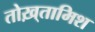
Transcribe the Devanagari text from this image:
तोख़्तामिश